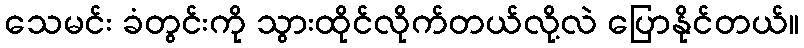
သေမင်း ခံတွင်းကို သွားထိုင်လိုက်တယ်လို့လဲ ပြောနိုင်တယ်။